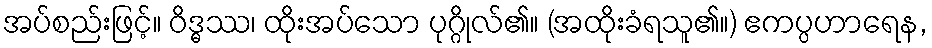
အပ်စည်းဖြင့်။ ဝိဒ္ဓဿ၊ ထိုးအပ်သော ပုဂ္ဂိုလ်၏။ (အထိုးခံရသူ၏။) ဧကပ္ပဟာရေန,